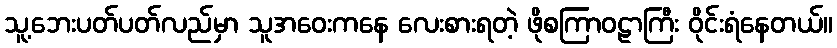
သူ့ဘေးပတ်ပတ်လည်မှာ သူအဝေးကနေ လေးစားရတဲ့ ဖိုစကြာဝဠာကြီး ဝိုင်းရံနေတယ်။